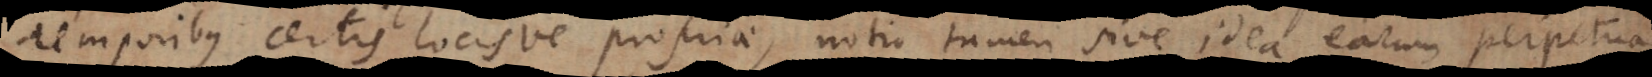
temporibus certis locisve propriae, notio tamen sive idea earum perpetua